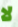
لا